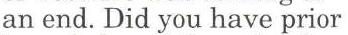
an end. Did you have prior